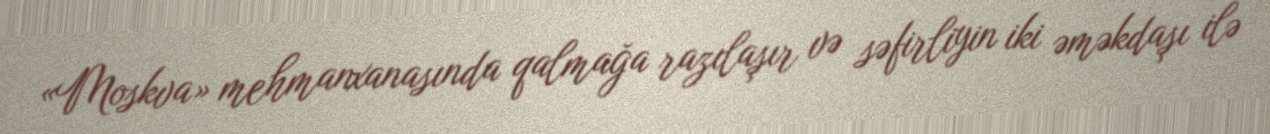
«Moskva» mehmanxanasında qalmağa razılaşır və səfirliyin iki əməkdaşı ilə